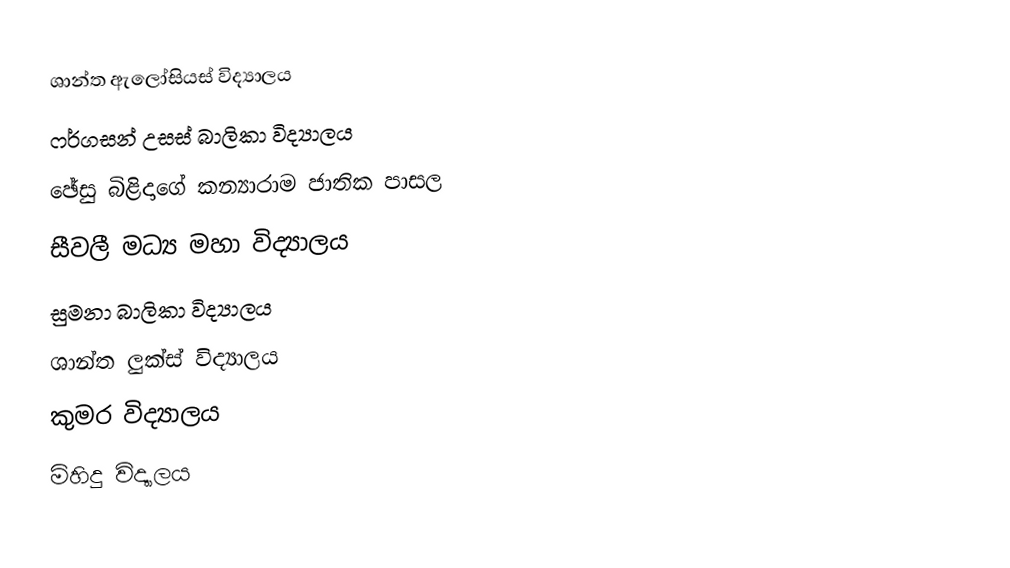
ශාන්ත ඇලෝසියස් විද්‍යාලය
 ෆර්ගසන් උසස් බාලිකා විද්‍යාලය
 ඡේසු බිළිදාගේ කන්‍යාරාම ජාතික පාසල
 සීවලී මධ්‍ය  මහා විද්‍යාලය
 සුමනා බාලිකා විද්‍යාලය
 ශාන්ත ලුක්ස් විද්‍යාලය
 කුමර විද්‍යාලය
 මිහිදු විද්‍යාලය